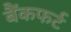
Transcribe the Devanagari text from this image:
बैंकफर्ट